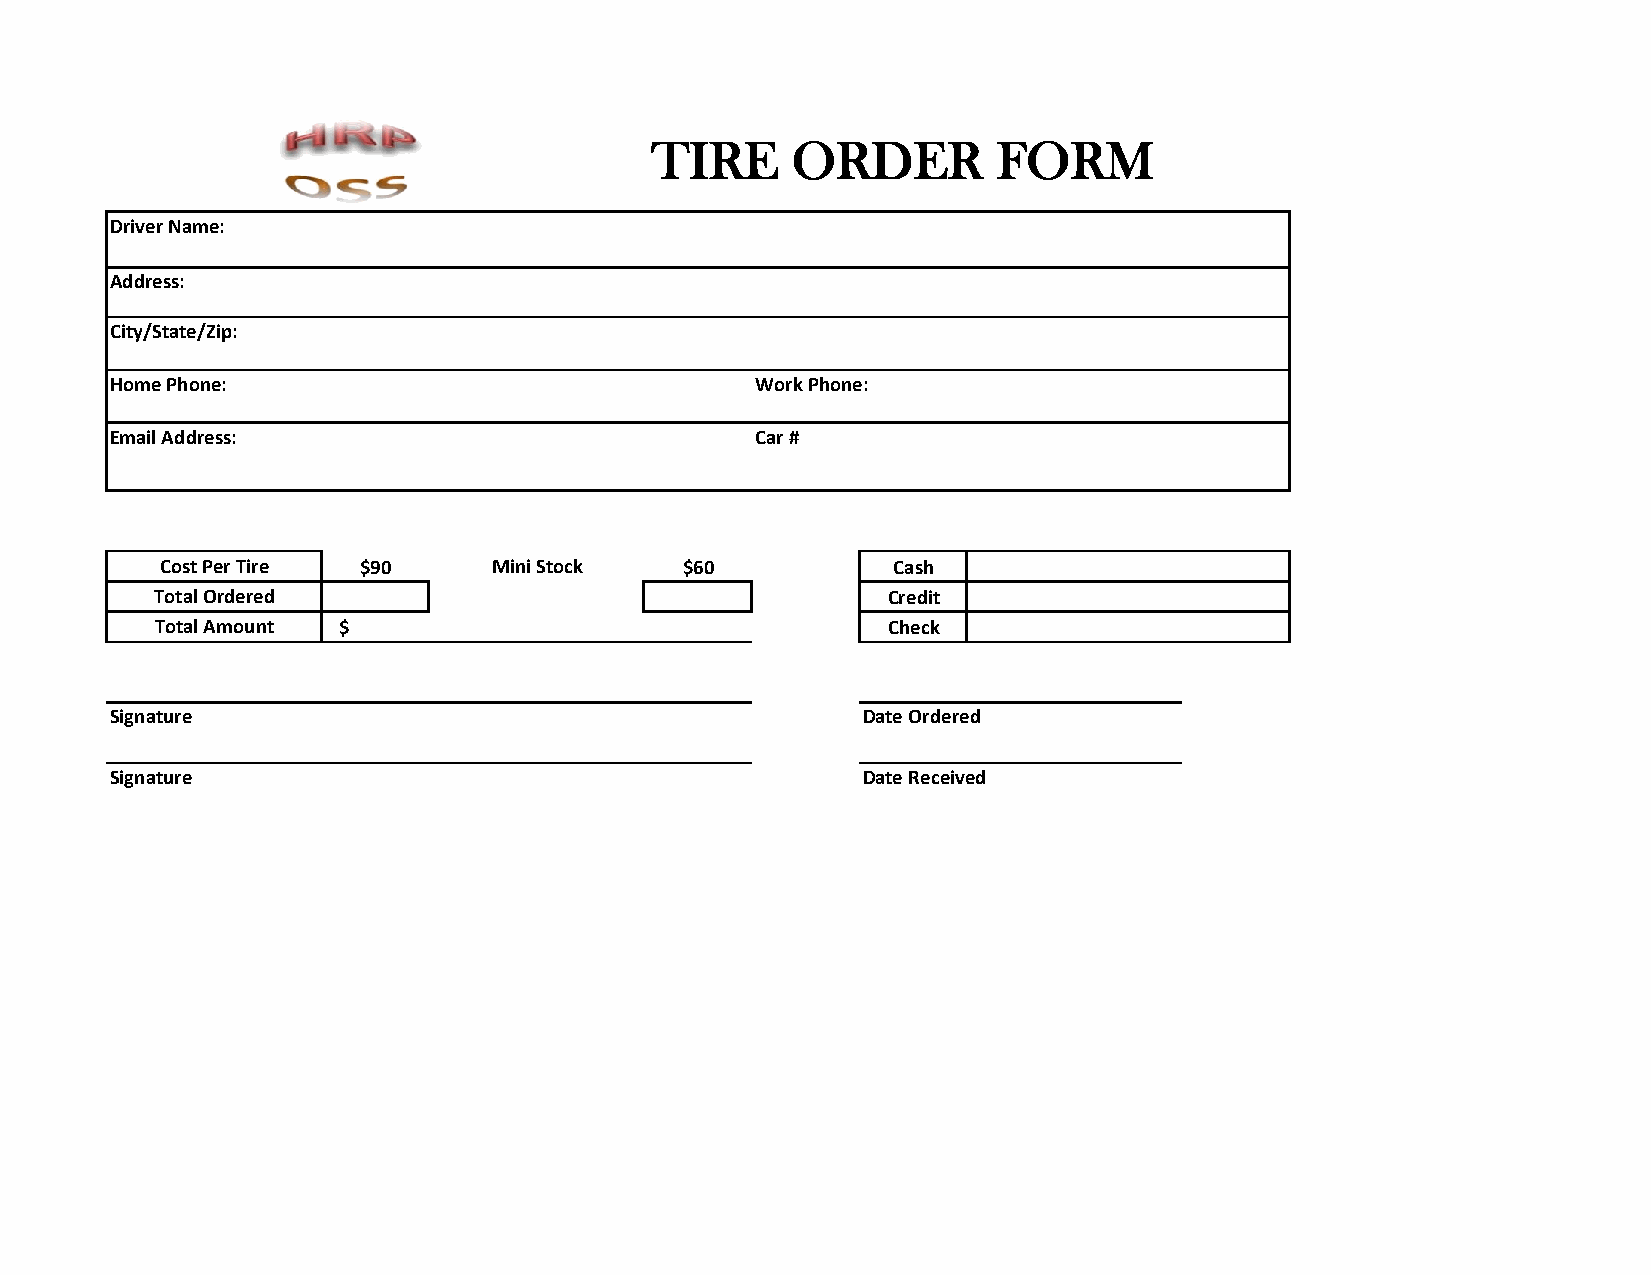
TIRE     ORDER         FORM
 Driver Name:
 Address:
 City/State/Zip:
 Home Phone:                                Work Phone:
 Email Address:                             Car #
 Cost Per Tire $90     Mini Stock  $60           Cash
 Total Ordered                                    Credit
 Total Amount $                                   Check
 Signature                                         Date Ordered
 Signature                                         Date Received